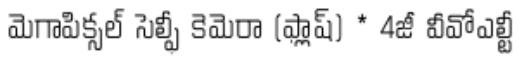
మెగాపిక్సల్ సెల్ఫీ కెమెరా (ఫ్లాష్) * 4జీ వీవోఎల్టీ